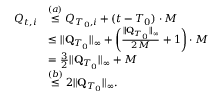
\begin{array} { r l } { Q _ { t , i } } & { \stackrel { ( a ) } \le Q _ { T _ { 0 } , i } + ( t - T _ { 0 } ) \cdot M } \\ & { \le \lVert \mathbf Q _ { T _ { 0 } } \rVert _ { \infty } + \left( \frac { \lVert \mathbf Q _ { T _ { 0 } } \rVert _ { \infty } } { 2 M } + 1 \right) \cdot M } \\ & { = \frac 3 2 \lVert \mathbf Q _ { T _ { 0 } } \rVert _ { \infty } + M } \\ & { \stackrel { ( b ) } \le 2 \lVert \mathbf Q _ { T _ { 0 } } \rVert _ { \infty } . } \end{array}